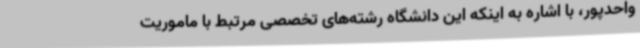
واحدپور، با اشاره به اینکه این دانشگاه رشته‌های تخصصی مرتبط با ماموریت